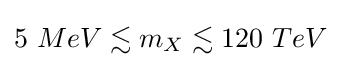
5\ MeV\lesssim m_{X}\lesssim 120\ TeV